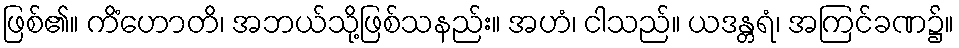
ဖြစ်၏။ ကိံဟောတိ၊ အဘယ်သို့ဖြစ်သနည်း။ အဟံ၊ ငါသည်။ ယဒန္တရံ၊ အကြင်ခဏ၌။